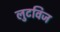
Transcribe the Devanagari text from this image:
लुटविज